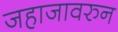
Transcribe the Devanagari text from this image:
जहाजावरुन